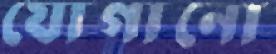
যোগানো